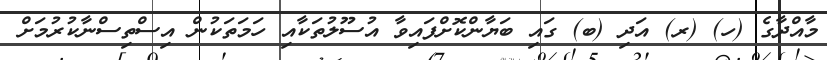
މާއްދާގެ (ހ) (ރ) އަދި (ބ) ގައި ބަޔާންކޮށްފައިވާ އުސޫލުތަކާއި ހަމަތަކުން އިސްތިސްނާކުރުމަށް